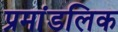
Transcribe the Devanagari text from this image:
प्रमांडलिक